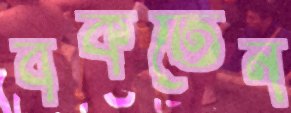
বকতেন